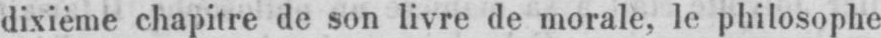
dixième chapitre de son livre de morale, le philosophe